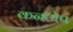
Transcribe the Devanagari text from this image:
कनटोप